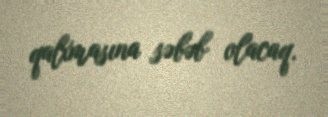
qalxmasına səbəb olacaq.